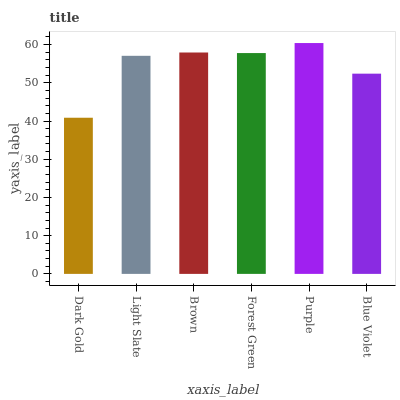
| xaxis_label | bars |
 | --- | --- |
 | Dark Gold | 40.9 |
 | Light Slate | 57.1 |
 | Brown | 57.9 |
 | Forest Green | 57.8 |
 | Purple | 60.4 |
 | Blue Violet | 52.4 |